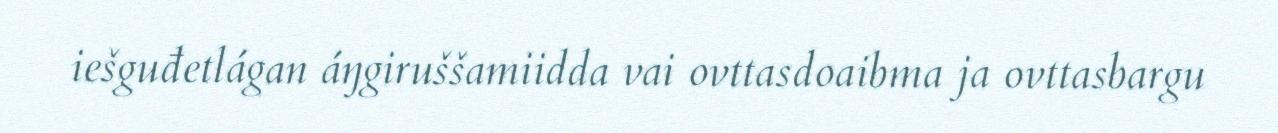
iešguđetlágan áŋgiruššamiidda vai ovttasdoaibma ja ovttasbargu